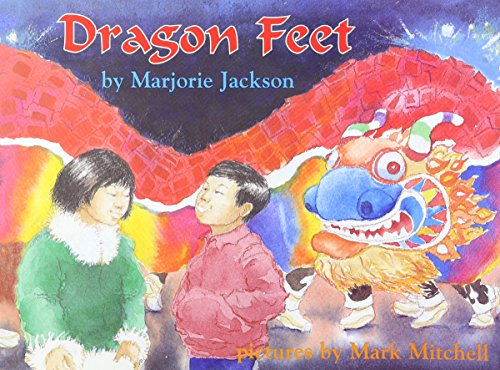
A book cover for Dragon Feet (Books for Young Learners); Marjorie Jackson; Children's Books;